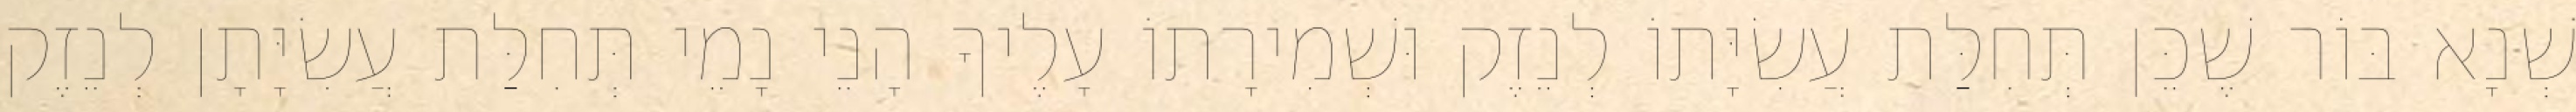
שְׁנָא בּוֹר שֶׁכֵּן תְּחִלַּת עֲשִׂיָּתוֹ לְנֵזֶק וּשְׁמִירָתוֹ עָלֶיךָ הָנֵי נָמֵי תְּחִלַּת עֲשִׂיָּתָן לְנֵזֶק